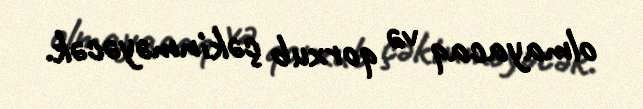
olmayacaq və qorxub çəkinməyəcək.